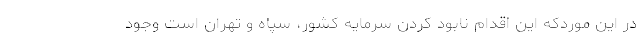
در این موردکه این اقدام نابود کردن سرمایه کشور، سپاه و تهران است وجود